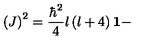
\left( J \right) ^ { 2 } = \frac { \hbar ^ { 2 } } { 4 } l \left( l + 4 \right) \mathbf { 1 - }